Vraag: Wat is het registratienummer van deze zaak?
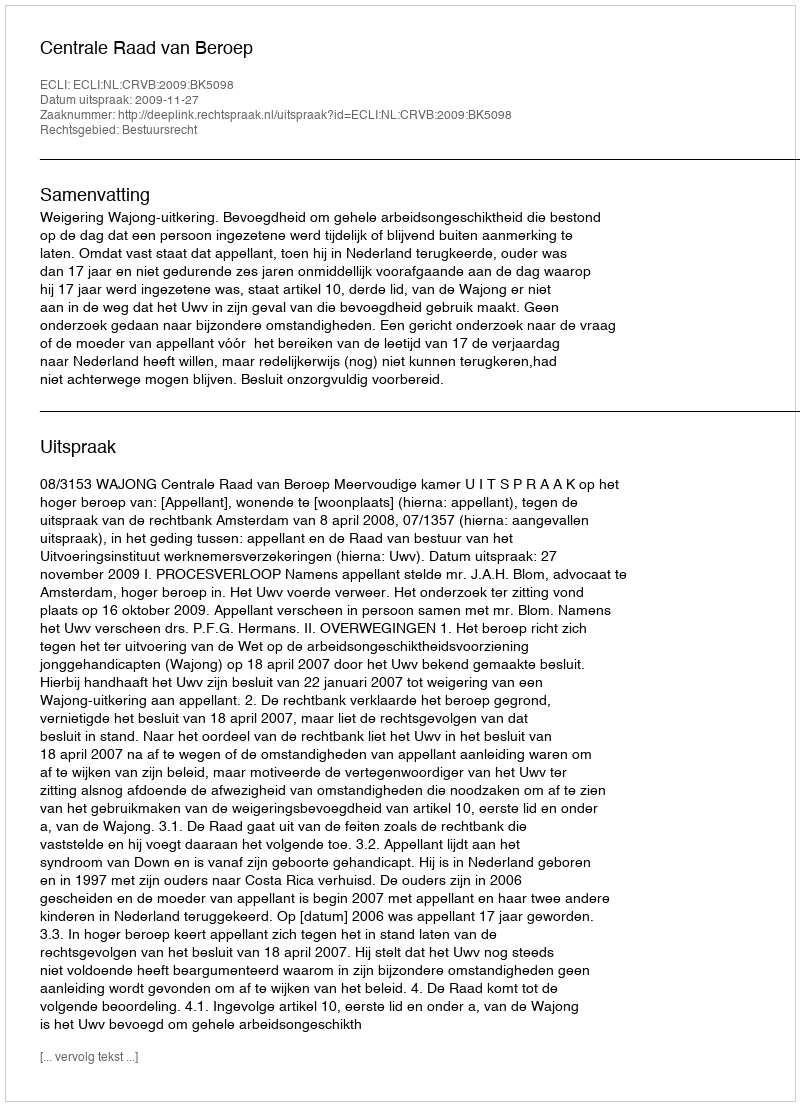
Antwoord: http://deeplink.rechtspraak.nl/uitspraak?id=ECLI:NL:CRVB:2009:BK5098